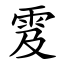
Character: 雭